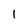
Character: 1